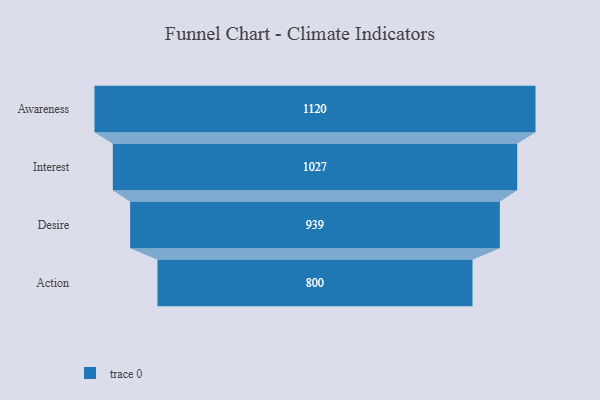
{"axis": {"x": "Stage", "y": "Value"}, "legend": [""], "data": [{"x": "Awareness", "y": 1120.0, "type": ""}, {"x": "Interest", "y": 1027.0, "type": ""}, {"x": "Desire", "y": 939.0, "type": ""}, {"x": "Action", "y": 800.0, "type": ""}]}